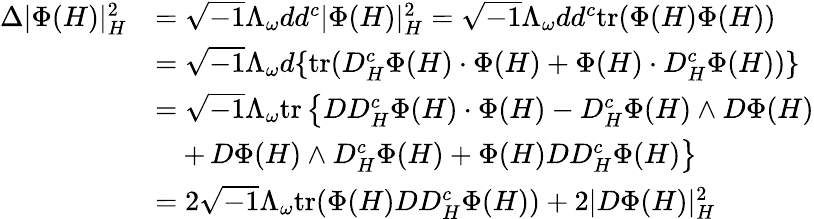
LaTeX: \begin{array}{rl}{\Delta|\Phi(H)|_{H}^{2}}&{=\sqrt{-1}\Lambda_{\omega}dd^{c}|\Phi(H)|_{H}^{2}=\sqrt{-1}\Lambda_{\omega}dd^{c}\mathrm{tr}(\Phi(H)\Phi(H))}\\ &{=\sqrt{-1}\Lambda_{\omega}d\{ \mathrm{tr}(D_{H}^{c}\Phi(H)\cdot\Phi(H)+\Phi(H)\cdot D_{H}^{c}\Phi(H))\} }\\ &{=\sqrt{-1}\Lambda_{\omega}\mathrm{tr}\left\{ DD_{H}^{c}\Phi(H)\cdot\Phi(H)-D_{H}^{c}\Phi(H)\wedge D\Phi(H)\right.}\\ &{\quad+\left.D\Phi(H)\wedge D_{H}^{c}\Phi(H)+\Phi(H)DD_{H}^{c}\Phi(H)\right\} }\\ &{=2\sqrt{-1}\Lambda_{\omega}\mathrm{tr}(\Phi(H)DD_{H}^{c}\Phi(H))+2|D\Phi(H)|_{H}^{2}}\end{array}